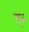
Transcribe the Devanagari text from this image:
सू़ज्ञ